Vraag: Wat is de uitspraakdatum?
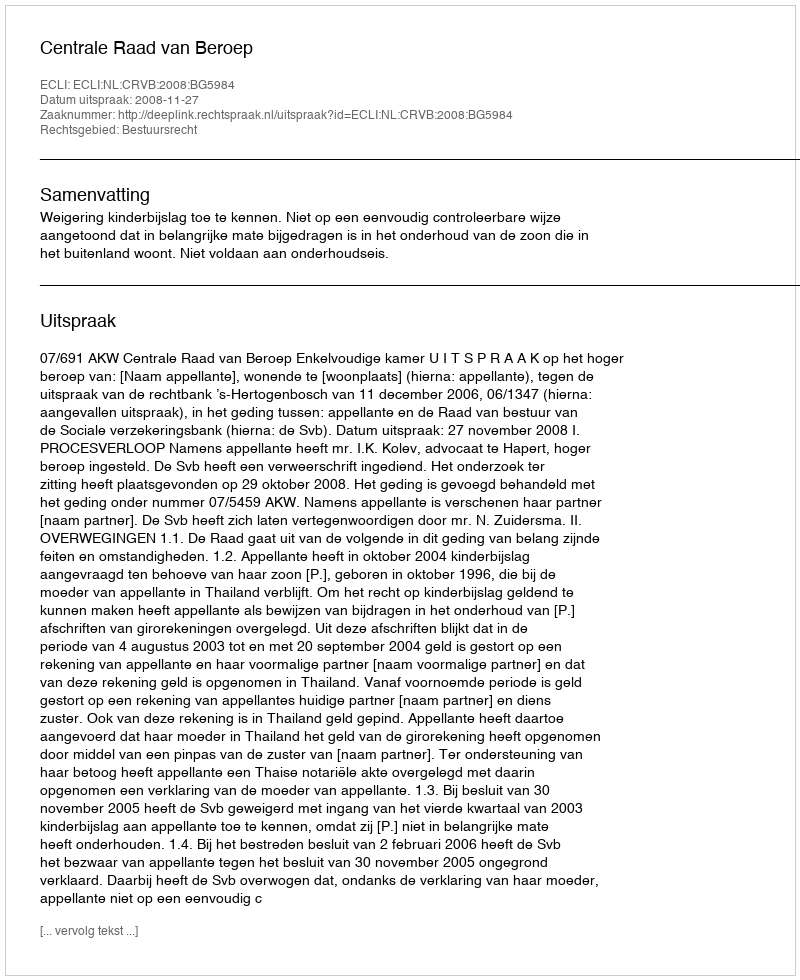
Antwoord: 2008-11-27